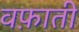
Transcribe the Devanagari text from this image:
वफ़ाती